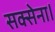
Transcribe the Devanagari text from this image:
सक्सेना।